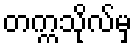
တက္ကသိုလ်မှ